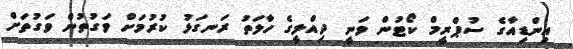
އިންޑިއާގެ ސުޕްރީމް ކޯޓުން ވަނީ ދިއްލީގެ ހާލަތު ރަނގަޅު ކުރުމަށް ވަގުތުން ވަގުތަށް